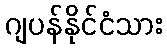
ဂျပန်နိုင်ငံသား